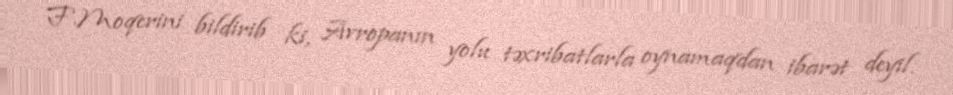
F.Moqerini bildirib ki, Avropanın yolu təxribatlarla oynamaqdan ibarət deyil.